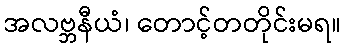
အလဗ္ဘနီယံ၊ တောင့်တတိုင်းမရ။